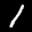
Label: 1